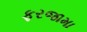
ફરજામા